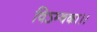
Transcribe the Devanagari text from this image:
विऽम्बका।।